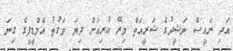
އަދި ރައީސް ނަޝީދުގެ ޝަރީއަތް މިރޭ ކުރިއަށް ދިޔަ ވަގުތު އެމްޑީޕީގެ ގިނަ